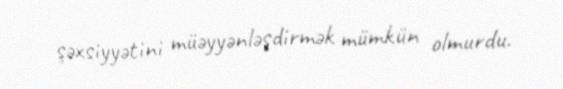
şəxsiyyətini müəyyənləşdirmək mümkün olmurdu.